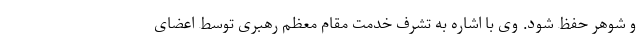
و شوهر حفظ شود. وی با اشاره به تشرف خدمت مقام معظم رهبری توسط اعضای